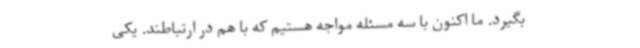
بگیرد. ما اکنون با سه مسئله مواجه هستیم که با هم در ارتباطند. یکی